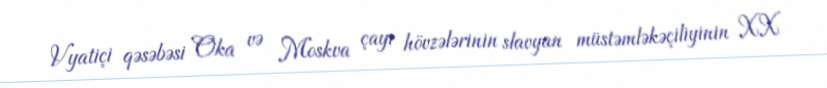
Vyatiçi qəsəbəsi Oka və Moskva çayı hövzələrinin slavyan müstəmləkəçiliyinin XX